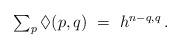
LaTeX: \begin{align*} \textstyle{\sum_p} \, \Diamond(p,q) \ = \ h^{n-q,q} \,. \end{align*}